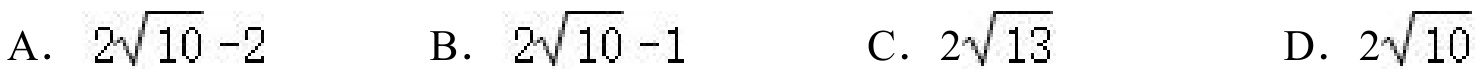
A. \(2\sqrt{10}-2\)  B. \(2\sqrt{10}-1\)  C. \(2\sqrt{13}\)  D. \(2\sqrt{10}\)